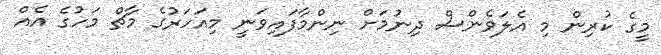
މީގެ ކުރިން މި އެލަވެންސް ދިނުމަށް ނިންމާފައިވަނީ މިއަހަރުގެ މާޗް މަހުގެ އެއް